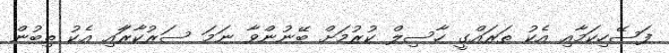
ފަސޭހިކަމާއި އެކު ތަރައްގީ ހާސިލް ކުރުމަށް ބޭނުންވާ ނަމަ ސަރުކާރާައި އެކު ތިބުން